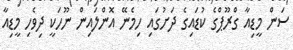
ސަން މީޑިއާ ގްރޫޕްގެ ކުޑައިގެ ދަށުގައި ހިމެނޭ އޮންލައިން ނޫހަކީ ދިވެހި މީޑިއާ